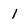
Character: 1